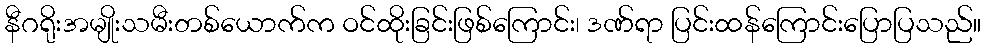
နီဂရိုးအမျိုးသမီးတစ်ယောက်က ဝင်ထိုးခြင်းဖြစ်ကြောင်း၊ ဒဏ်ရာ ပြင်းထန်ကြောင်းပြောပြသည်။